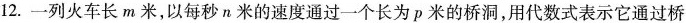
12.一列火车长m米，以每秒n米的速度通过一个长为p米的桥洞，用代数式表示它通过桥